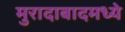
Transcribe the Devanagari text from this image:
मुरादाबादमध्ये